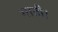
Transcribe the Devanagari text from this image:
गाती।